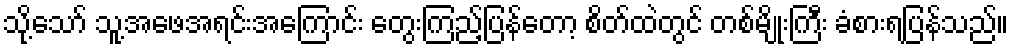
သို့သော် သူ့အဖေအရင်းအကြောင်း တွေးကြည့်ပြန်တော့ စိတ်ထဲတွင် တစ်မျိုးကြီး ခံစားရပြန်သည်။